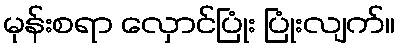
မုန်းစရာ လှောင်ပြုံး ပြုံးလျက်။